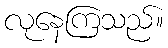
လုနေကြသည်။